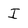
Character: I